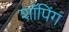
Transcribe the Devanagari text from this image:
शाॅपिंग